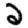
Digit: 2